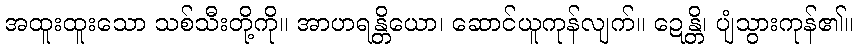
အထူးထူးသော သစ်သီးတို့ကို။ အာဟရန္တိယော၊ ဆောင်ယူကုန်လျက်။ ဍေန္တိ၊ ပျံသွားကုန်၏။